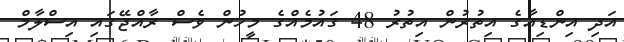
އަދި އިންޑިއާގެ އިތުރުން އިތުރު 48 ގައުމެއްގެ މީހުން ވެސް ރާއްޖޭގައި އިސްލާމް